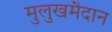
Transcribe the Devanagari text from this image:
मुलुखमैदान